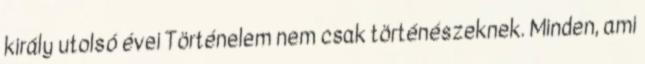
király utolsó évei Történelem nem csak történészeknek. Minden, ami